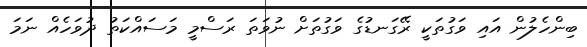
ބިންހެލުން އައި ވަގުތަކީ ރޭގަނޑުގެ ވަގުތަށް ނުވަތަ ރަސްމީ މަސައްކަތު ދުވަހެއް ނަމަ